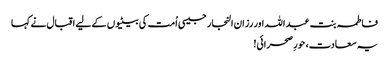
فاطمہ بنت عبد اللہ اور رزان النجار جیسی اُمت کی بیٹیوں کے لیے اقبال نے کہا
یہ سعادت، حورِ صحرائی!